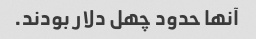
آنها حدود چهل دلار بودند.